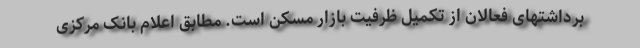
برداشتهای فعالان از تکمیل ظرفیت بازار مسکن است. مطابق اعلام بانک مرکزی